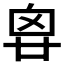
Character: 𠂺